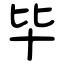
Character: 毕